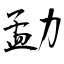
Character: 勐